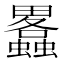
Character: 𤴂